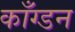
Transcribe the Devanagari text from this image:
काँग्डन